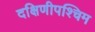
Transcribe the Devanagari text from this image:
दक्षिणीपश्चिम